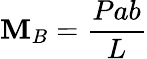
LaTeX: \mathbf{M}_{B}={\frac{{Pab}}{{L}}}